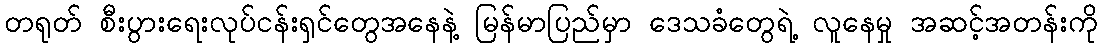
တရုတ် စီးပွားရေးလုပ်ငန်းရှင်တွေအနေနဲ့ မြန်မာပြည်မှာ ဒေသခံတွေရဲ့ လူနေမှု အဆင့်အတန်းကို